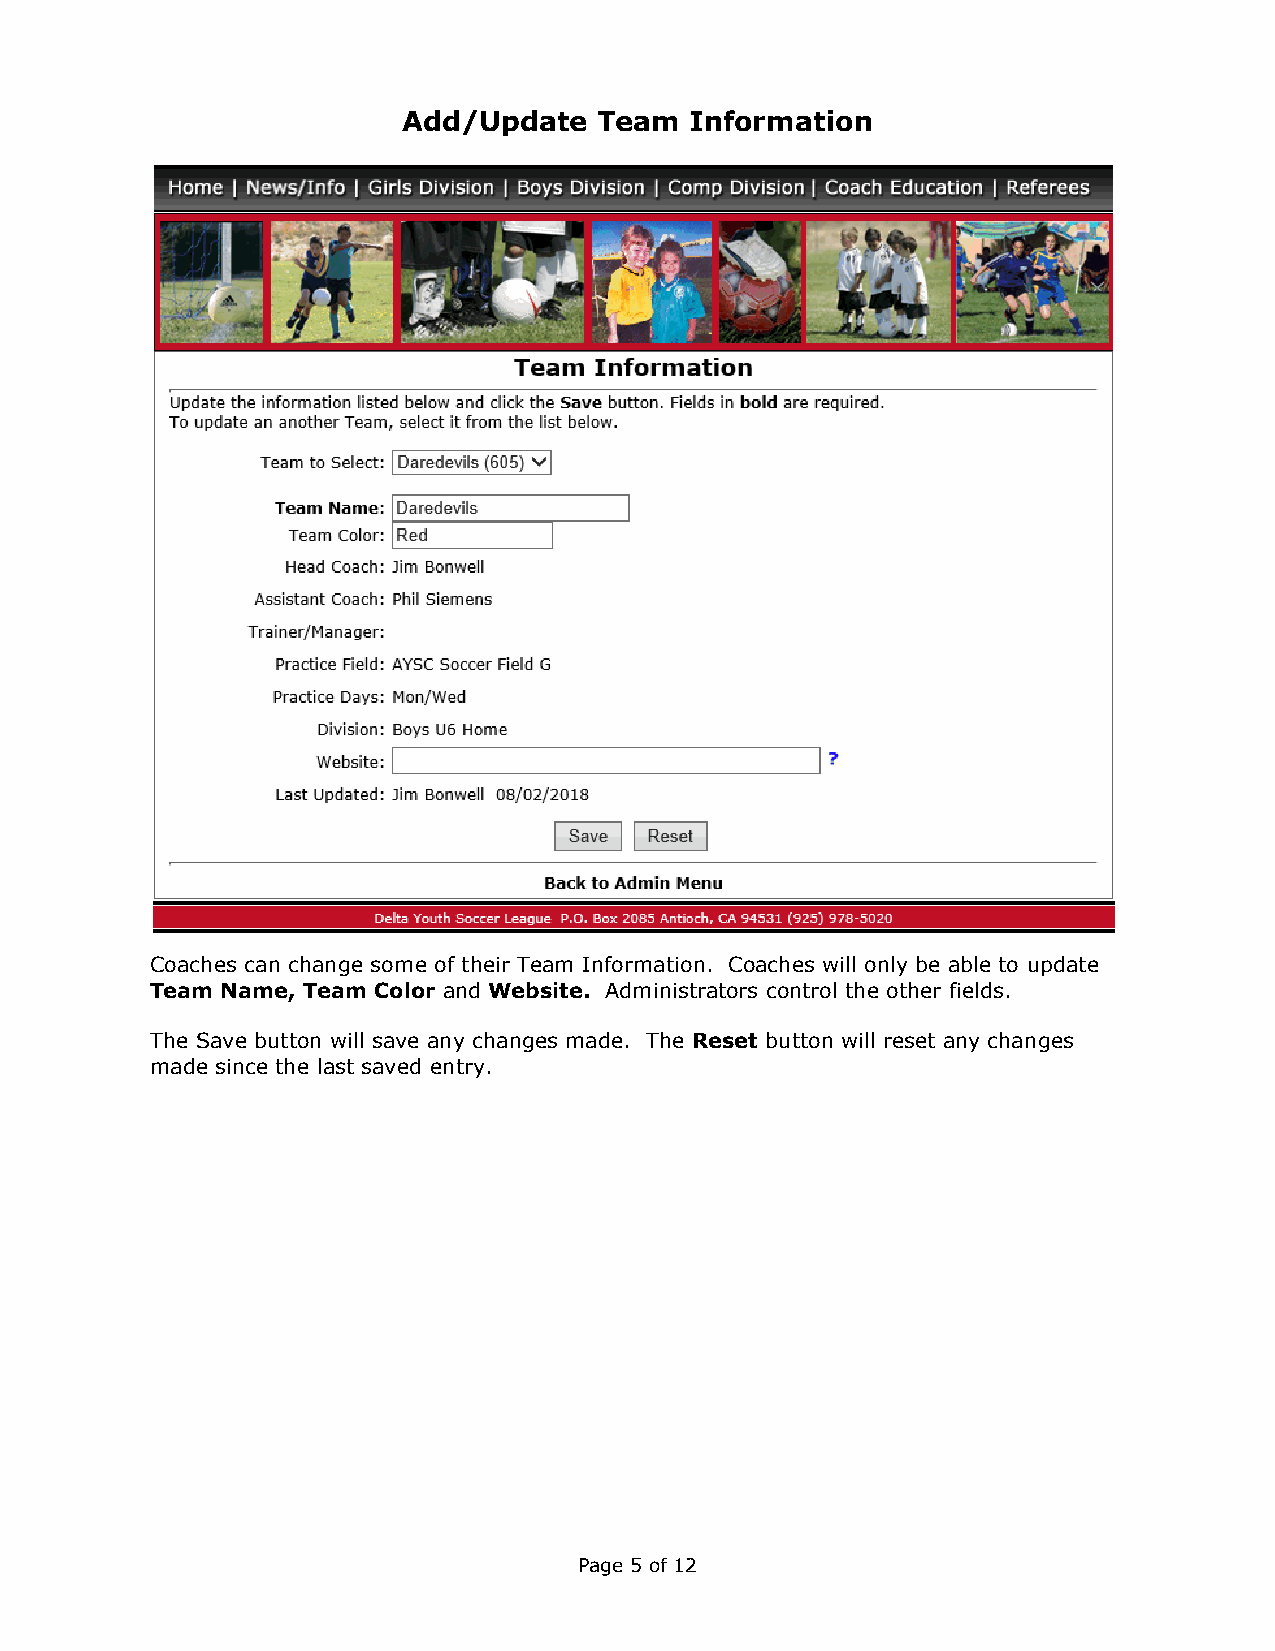
Add/Update   Team  Information
 Coaches can change some of their Team Information. Coaches will only be able to update
 Team Name, Team Color and Website. Administrators control the other fields.
 The Save button will save any changes made. The Reset button will reset any changes
 made since the last saved entry.
 Page 5 of 12